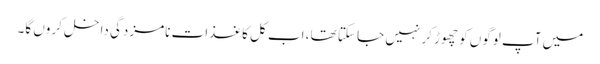
میں آپ لوگوں کو چھوڑ کر نہیں جا سکتا تھا، اب کل کاغذات نامزدگی داخل کروں گا۔